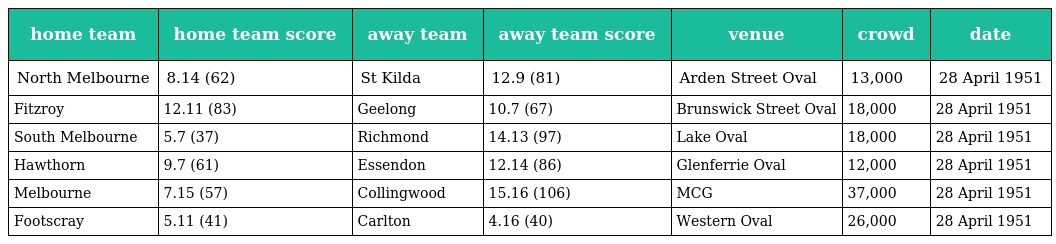
| home team | home team score | away team | away team score | venue | crowd | date |
 | --- | --- | --- | --- | --- | --- | --- |
 | North Melbourne | 8.14 (62) | St Kilda | 12.9 (81) | Arden Street Oval | 13,000 | 28 April 1951 |
 | Fitzroy | 12.11 (83) | Geelong | 10.7 (67) | Brunswick Street Oval | 18,000 | 28 April 1951 |
 | South Melbourne | 5.7 (37) | Richmond | 14.13 (97) | Lake Oval | 18,000 | 28 April 1951 |
 | Hawthorn | 9.7 (61) | Essendon | 12.14 (86) | Glenferrie Oval | 12,000 | 28 April 1951 |
 | Melbourne | 7.15 (57) | Collingwood | 15.16 (106) | MCG | 37,000 | 28 April 1951 |
 | Footscray | 5.11 (41) | Carlton | 4.16 (40) | Western Oval | 26,000 | 28 April 1951 |